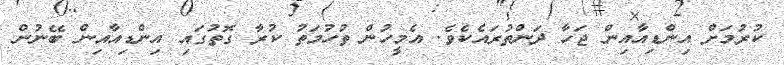
ކުރުމަށް އިންޑިއާއިން ޖަހާ ދަންތުރައެކެވެ. އެމީހުން ތުހުމަތު ކުރާ ގޮތުގައި އިންޑިއާއިން ބޭނުން